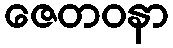
ဇေတဝနာ